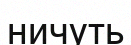
ничуть